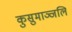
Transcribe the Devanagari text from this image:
कुसुमाञ्जलि